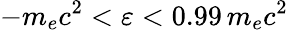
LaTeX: -m_{e}c^{2}<\varepsilon<0.99\, m_{e}c^{2}